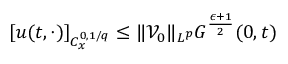
[ u ( t , \cdot ) ] _ { C _ { x } ^ { 0 , 1 / q } } \leq \| \mathcal { V } _ { 0 } \| _ { L ^ { p } } G ^ { \frac { \epsilon + 1 } { 2 } } ( 0 , t )